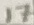
Text: 17